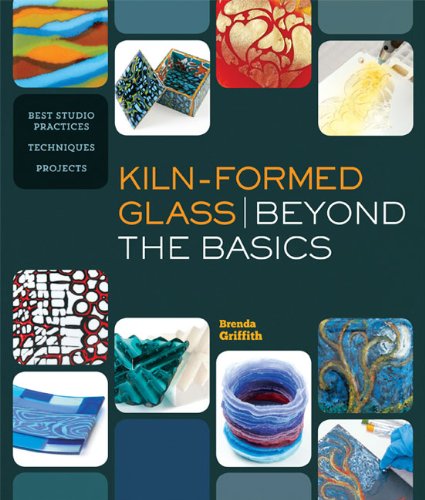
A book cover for Kiln-Formed Glass: Beyond the Basics: Best Studio Practices *Techniques *Projects; Brenda Griffith; Crafts, Hobbies & Home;